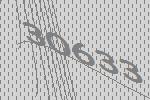
30633